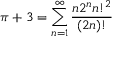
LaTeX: \pi + 3 = \sum _ { n = 1 } ^ { \infty } { \frac { n 2 ^ { n } n ! ^ { 2 } } { ( 2 n ) ! } }